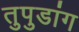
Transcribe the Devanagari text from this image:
तुपुडांग